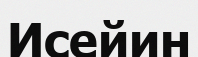
Исейин